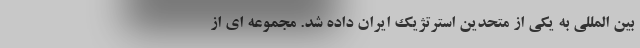
بین المللی به یکی از متحدین استرتژیک ایران داده شد. مجموعه ای از